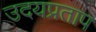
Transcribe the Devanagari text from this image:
उदयप्रताप